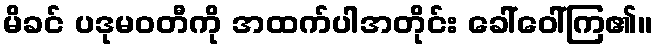
မိခင် ပဒုမဝတီကို အထက်ပါအတိုင်း ခေါ်ဝေါ်ကြ၏။